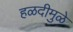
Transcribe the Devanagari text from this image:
हळदीमुळे